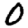
Digit: 0